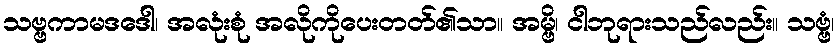
သဗ္ဗကာမဒဒေါ၊ အလုံးစုံ အလိုကိုပေးတတ်၏သာ။ အမ္ဗိ၊ ငါဘုရားသည်လည်း။ သဗ္ဗံ၊